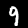
Digit: 9